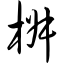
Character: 椒